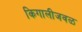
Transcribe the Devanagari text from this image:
किगालीजवळ